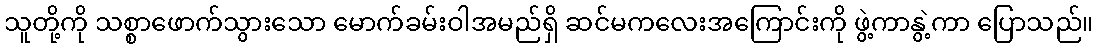
သူတို့ကို သစ္စာဖောက်သွားသော မောက်ခမ်းဝါအမည်ရှိ ဆင်မကလေးအကြောင်းကို ဖွဲ့ကာနွဲ့ကာ ပြောသည်။